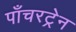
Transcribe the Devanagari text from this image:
पाँचरट्रेन